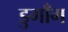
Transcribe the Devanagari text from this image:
डुगाँग